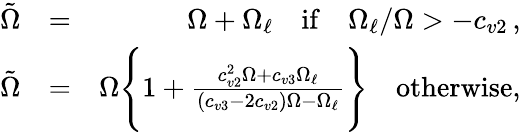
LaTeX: \begin{array}{rlr}{\tilde{\Omega}}&{=}&{\Omega+\Omega_{\ell}\quad\mathrm{if}\quad\Omega_{\ell}/\Omega>-c_{v2}\, ,}\\ {\tilde{\Omega}}&{=}&{\Omega\Bigg\{ 1+\frac{c_{v2}^{2}\Omega+c_{v3}\Omega_{\ell}}{(c_{v3}-2c_{v2})\Omega-\Omega_{\ell}}\Bigg\} \quad\mathrm{otherwise,}}\end{array}